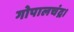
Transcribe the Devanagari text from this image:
गोपालचंद्र।